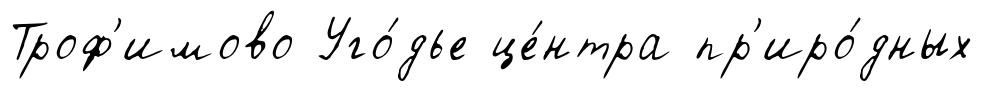
Троф'имово Уго́дье це́нтра пр'иро́дных